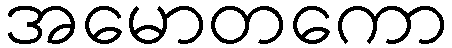
အမောတကော